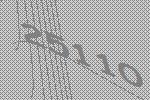
25110